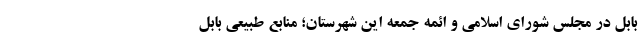
بابل در مجلس شورای اسلامی و ائمه جمعه این شهرستان؛ منابع طبیعی بابل